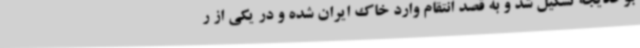
بوخدیجه تشکیل شد و به قصد انتقام وارد خاک ایران شده و در یکی از ر